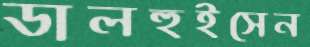
ডালহুইসেন